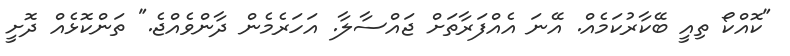
"ކޮއްކޯ ތިއީ ބޭކާރުކަމެއް. އޭނަ އެއްފަރާތަށް ޖައްސާލާ. އަހަރެމެން ދާންވެއްޖެ." ތަންކޮޅެއް ދޮށީ